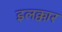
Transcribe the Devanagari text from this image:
इलक्कार